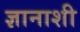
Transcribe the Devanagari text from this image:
ज्ञानाशी